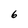
Character: 6